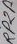
Text: RP2A